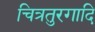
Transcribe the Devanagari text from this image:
चित्रतुरगादि